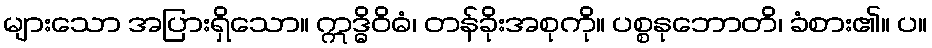
များသော အပြားရှိသော။ ဣဒ္ဓိဝိဓံ၊ တန်ခိုးအစုကို။ ပစ္စနုဘောတိ၊ ခံစား၏။ ပ။